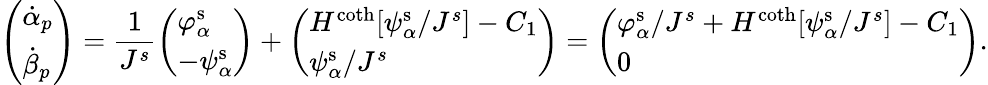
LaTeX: \left(\begin{array}{l}{\dot{\alpha}_{p}}\\ {\dot{\beta}_{p}}\end{array}\right)=\frac{1}{J^{s}}\left(\begin{array}{l}{\varphi_{\alpha}^{\mathrm{s}}}\\ {-\psi_{\alpha}^{\mathrm{s}}}\end{array}\right)+\left(\begin{array}{l}{H^{\coth}[\psi_{\alpha}^{\mathrm{s}}/J^{s}]-C_{1}}\\ {\psi_{\alpha}^{\mathrm{s}}/J^{s}}\end{array}\right)=\left(\begin{array}{l}{\varphi_{\alpha}^{\mathrm{s}}/J^{s}+H^{\coth}[\psi_{\alpha}^{\mathrm{s}}/J^{s}]-C_{1}}\\ {0}\end{array}\right).